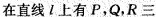
在直线l上有P,Q,R三